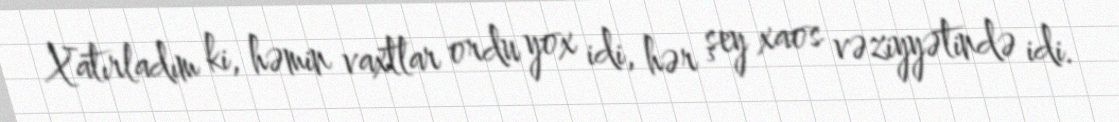
Xatırladım ki, həmin vaxtlar ordu yox idi, hər şey xaos vəziyyətində idi.